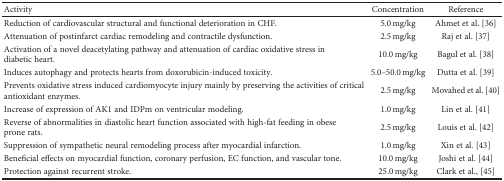
<table><thead><tr><td><b>Activity</b></td><td><b>Concentration</b></td><td><b>Reference</b></td></tr></thead><tbody><tr><td>Reduction of cardiovascular structural and functional deterioration in CHF.</td><td>5.0 mg/kg</td><td>Ahmet et al. [36]</td></tr><tr><td>Attenuation of postinfarct cardiac remodeling and contractile dysfunction.</td><td>2.5 mg/kg</td><td>Raj et al. [37]</td></tr><tr><td>Activation of a novel deacetylating pathway and attenuation of cardiac oxidative stress in diabetic heart.</td><td>10.0 mg/kg</td><td>Bagul et al. [38]</td></tr><tr><td>Induces autophagy and protects hearts from doxorubicin-induced toxicity.</td><td>5.0–50.0 mg/kg</td><td>Dutta et al. [39]</td></tr><tr><td>Prevents oxidative stress induced cardiomyocyte injury mainly by preserving the activities of critical antioxidant enzymes.</td><td>2.5 mg/kg</td><td>Movahed et al. [40]</td></tr><tr><td>Increase of expression of AK1 and IDPm on ventricular modeling.</td><td>1.0 mg/kg</td><td>Lin et al. [41]</td></tr><tr><td>Reverse of abnormalities in diastolic heart function associated with high-fat feeding in obese prone rats.</td><td>2.5 mg/kg</td><td>Louis et al. [42]</td></tr><tr><td>Suppression of sympathetic neural remodeling process after myocardial infarction.</td><td>1.0 mg/kg</td><td>Xin et al. [43]</td></tr><tr><td>Beneficial effects on myocardial function, coronary perfusion, EC function, and vascular tone.</td><td>10.0 mg/kg</td><td>Joshi et al. [44]</td></tr><tr><td>Protection against recurrent stroke.</td><td>25.0 mg/kg</td><td>Clark et al., [45]</td></tr></tbody></table>